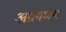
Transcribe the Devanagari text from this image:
अग्रगणय